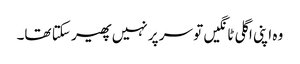
وہ اپنی اگلی ٹانگیں تو سر پر نہیں پھیر سکتا تھا۔